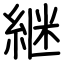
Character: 継